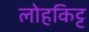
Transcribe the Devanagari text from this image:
लोहकिट्ट